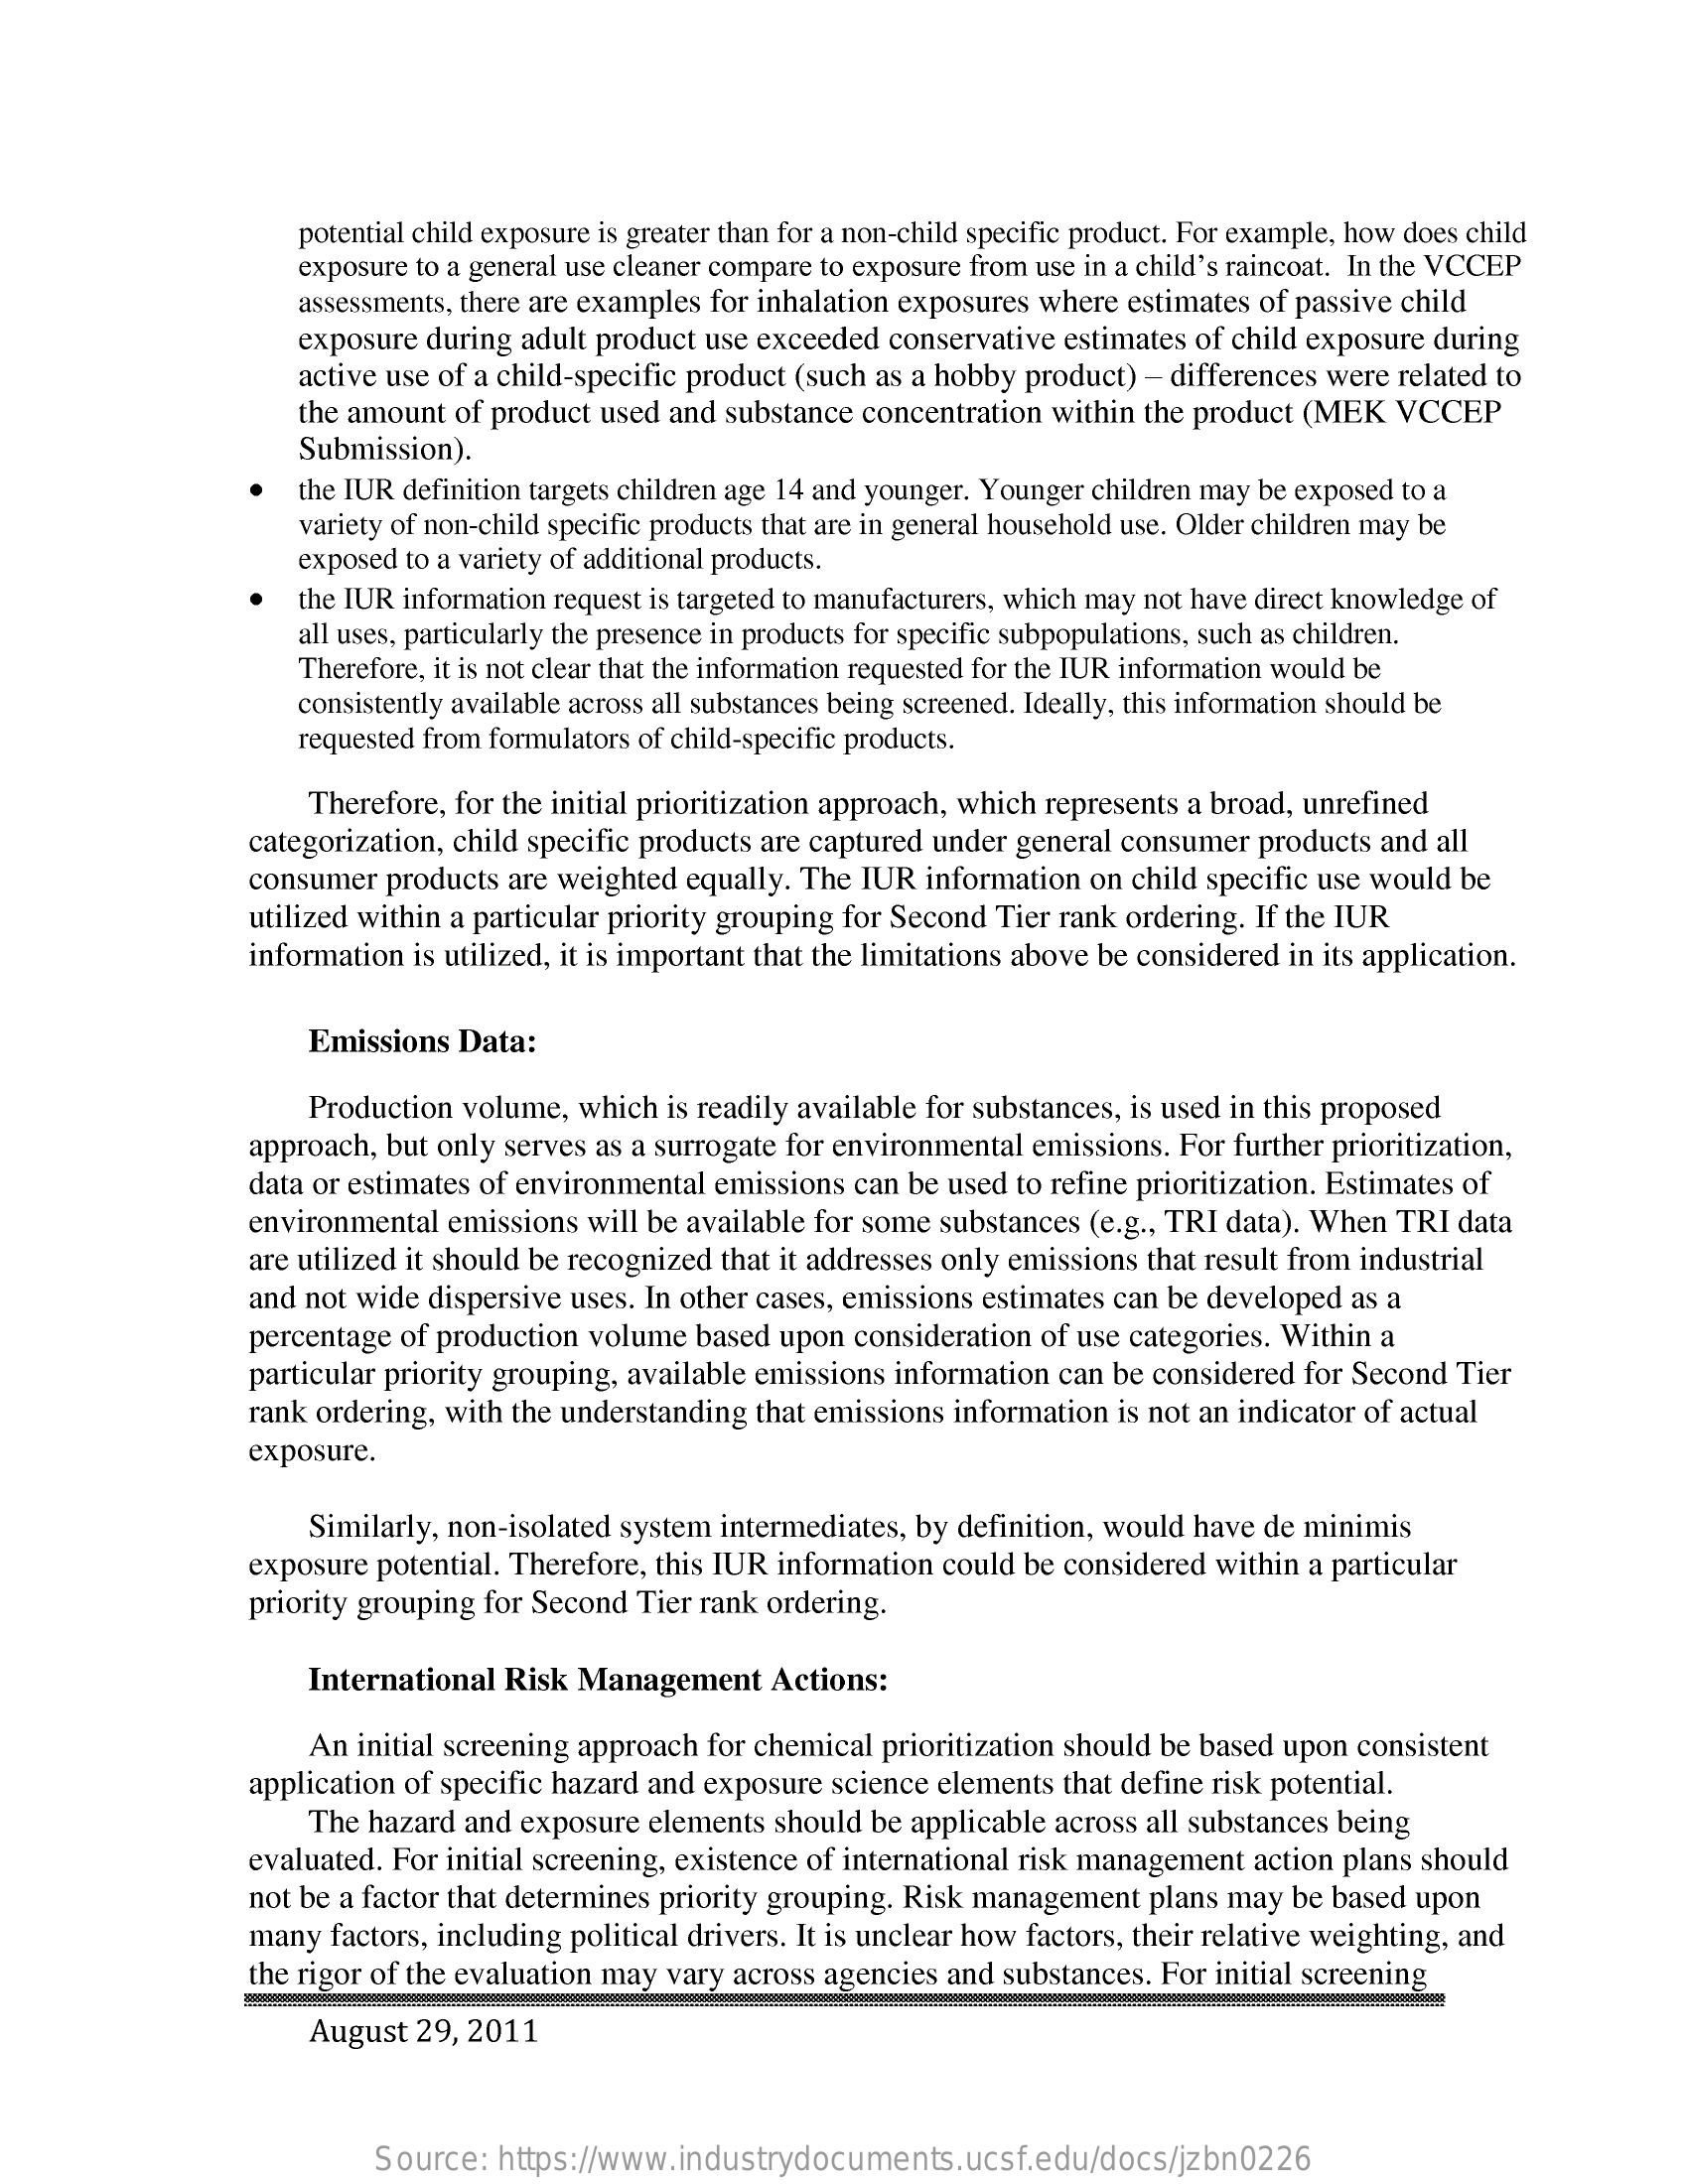
potential child exposure is greater than for a non-child specific product. For example, how does child
     exposure to a general use cleaner compare to exposure from use in a child's raincoat. In the VCCEP
     assessments, there are examples for inhalation exposures where estimates of passive child
     exposure during adult product use exceeded conservative estimates of child exposure during
     active use of a child-specific product (such as a hobby product) - differences were related to
     Submission).
     the amount of product used and substance concentration within the product (MEK VCCEP
     the IUR definition targets children age 14 and younger. Younger children may be exposed to a
     variety of non-child specific products that are in general household use. Older children may be
     exposed to a variety of additional products.
     the IUR information request is targeted to manufacturers, which may not have direct knowledge of
     all uses, particularly the presence in products for specific subpopulations, such as children.
     Therefore, it is not clear that the information requested for the IUR information would be
     consistently available across all substances being screened. Ideally, this information should be
     requested from formulators of child-specific products.
     Therefore, for the initial prioritization approach, which represents a broad, unrefined
     categorization, child specific products are captured under general consumer products and all
     consumer products are weighted equally. The IUR information on child specific use would be
     utilized within a particular priority grouping for Second Tier rank ordering. If the IUR
     information is utilized, it is important that the limitations above be considered in its application.
     Emissions Data:
     Production volume, which is readily available for substances, is used in this proposed
     approach, but only serves as a surrogate for environmental emissions. For further prioritization,
     data or estimates of environmental emissions can be used to refine prioritization. Estimates of
     environmental emissions will be available for some substances (e.g ., TRI data). When TRI data
     are utilized it should be recognized that it addresses only emissions that result from industrial
     and not wide dispersive uses. In other cases, emissions estimates can be developed as a
     percentage of production volume based upon consideration of use categories. Within a
     particular priority grouping, available emissions information can be considered for Second Tier
     rank ordering, with the understanding that emissions information is not an indicator of actual
     exposure.
     Similarly, non-isolated system intermediates, by definition, would have de minimis
     exposure potential. Therefore, this IUR information could be considered within a particular
     priority grouping for Second Tier rank ordering.
     International Risk Management   Actions:
     An initial screening approach for chemical prioritization should be based upon consistent
     application of specific hazard and exposure science elements that define risk potential.
     The hazard and exposure elements should be applicable across all substances being
     evaluated. For initial screening, existence of international risk management action plans should
     not be a factor that determines priority grouping. Risk management plans may be based upon
     many  factors, including political drivers. It is unclear how factors, their relative weighting, and
     the rigor of the evaluation may vary across agencies and substances. For initial screening
     August 29, 2011
     Source:  https://www.industrydocuments.ucsf.edu/docs/jzbn0226